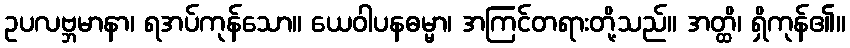
ဥပလဗ္ဘမာနာ၊ ရအပ်ကုန်သော။ ယေဝါပနဓမ္မာ၊ အကြင်တရားတို့သည်။ အတ္ထိ၊ ရှိကုန်၏။